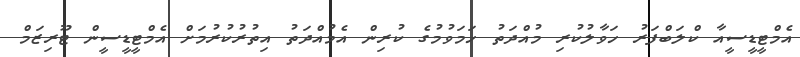
އެމްޓީޑީސީއާ ކްލަބްފަރު ހަވާލުކުރި މުއްދަތު ހަމަވުމުގެ ކުރިން އެމުއްދަތު އިތުރުކުރުމަށް އެމްޓީޑީސީން ޓޫރިޒަމް